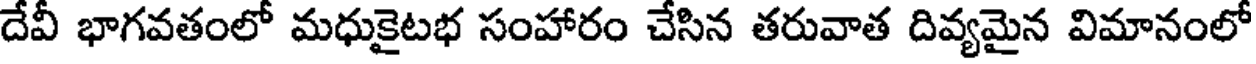
దేవీ భాగవతంలో మధుకైటభ సంహారం చేసిన తరువాత దివ్యమైన విమానంలో